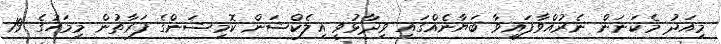
މިއަދު މެކަނަން ނެރުއްވާފައިވާ ބަޔާނެއްގައި ވިދާޅުވީ އިލެކްޝަން ކޮމިޝަންގެ ފަރާތުން މިމަހުގެ 19